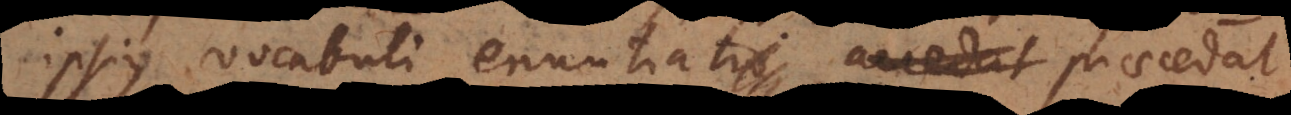
ipsius vocabuli enuntiatio accedat praecedat